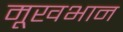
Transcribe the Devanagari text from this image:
मूखभान